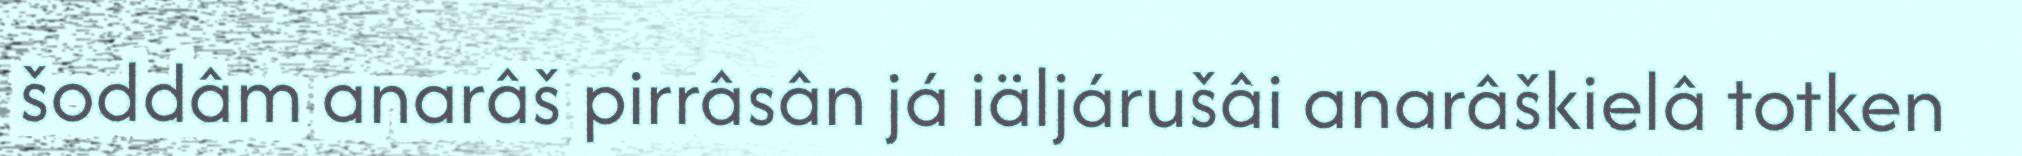
šoddâm anarâš pirrâsân já iäljárušâi anarâškielâ totken